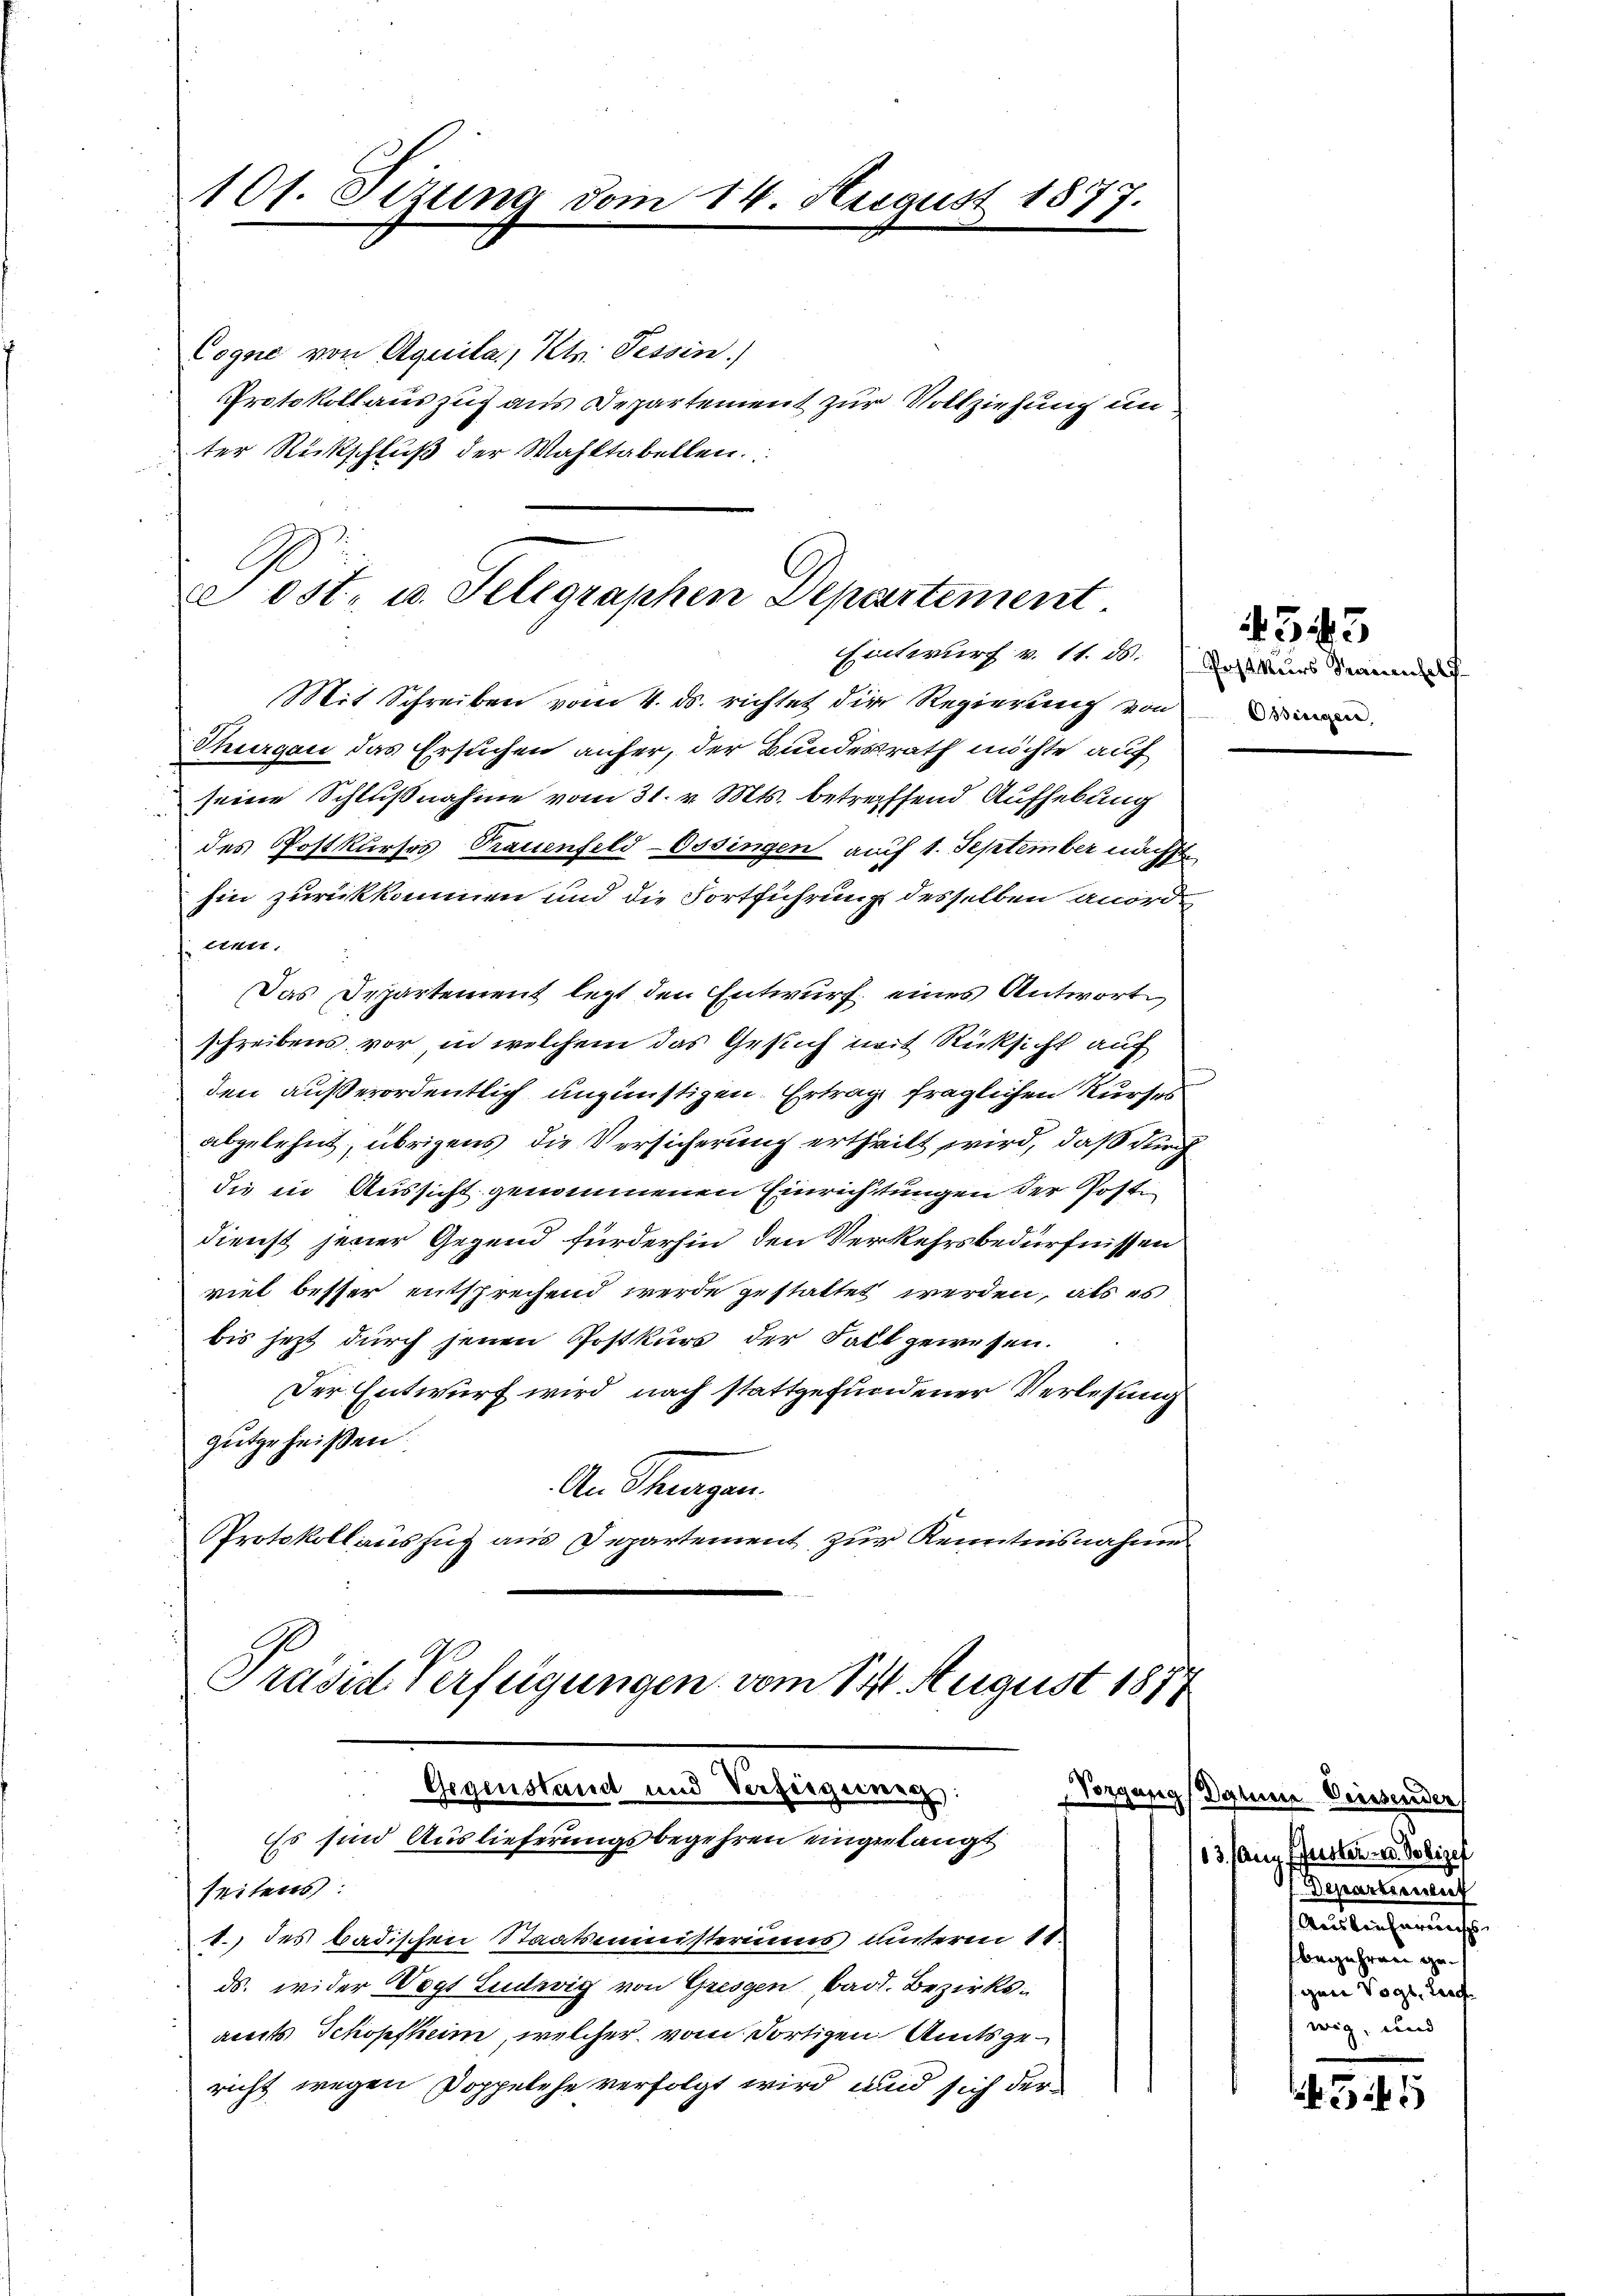
101. Sizung vom 14. August 1877.

Cogne von Aquila, Kts. Tessin.)
Protokoll auszug aus Departement zur Vollziehung un
ter Rückschluß der Wahltabellen.

Post- u. Telegraphen Departement
sinterlich u. 11. 10. Postkurs Sennen
Mit Schreiben vom 4. ds. richtet die Regierung von

Präsid Verfügungen vom 141. August 1877
Vorgang
Gegenstand und Verfeigernung
Es sind Auslieferungsbegehren eingelangt
seitens:

Thurgau das Ersuchen anfer, der Bundesrath möchte auf
seine Schlußnahme vom 31. v. Mts. betreffend Aufhebung
des Postkurses Trauenfeld-Ossingen auf 1. September nächst
hin zurückkommen und die Fortführung desselben anordnen.
Das Departement legt den Entwurf eines Antworte
schreibens vor, in welchem das Gesuch mit Rücksicht auf
den außerordentlich ungünstigen. Ertrag fraglichen Kurses
abgelehnt, übrigens die Versicherung ertheilt wird, daß durch
die in Aussicht genommenen Einrichtungen der Posti
dienst jener Gegend fürderhin den Verkehrsbedürfnissen
viel besser entsprechend werde gestattet werden, als es
bis jetzt durch jenen Postkurs der Fall gewesen.
Der Entwurf wird, nach stattgefundener Verlesung
gutgeheißen.
An Schwagen.
Protokollauszug aus Departement zur Kenntnisnahme

.) des badischen Staatsministeriums unterm 11.
ds. wider Vogt Ludwig von Gresgen bad. Bezirksamts Schopfheim, welcher vom dortigen Amtsgericht wegen Doppelehe verfolgt wird, und sich der

Ossiniger,

4543

Daher Diessender
13. Aug. Pfister u. Polize
Departinuent
Austrecherungs
begehren gegen Vogt, leich
wig, und